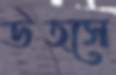
উত্সে